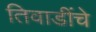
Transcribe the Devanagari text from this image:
तिवाडींचे